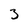
Character: 3